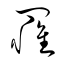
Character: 罹